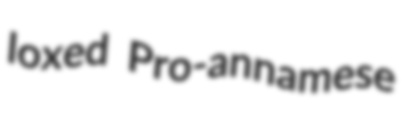
loxed Pro-annamese